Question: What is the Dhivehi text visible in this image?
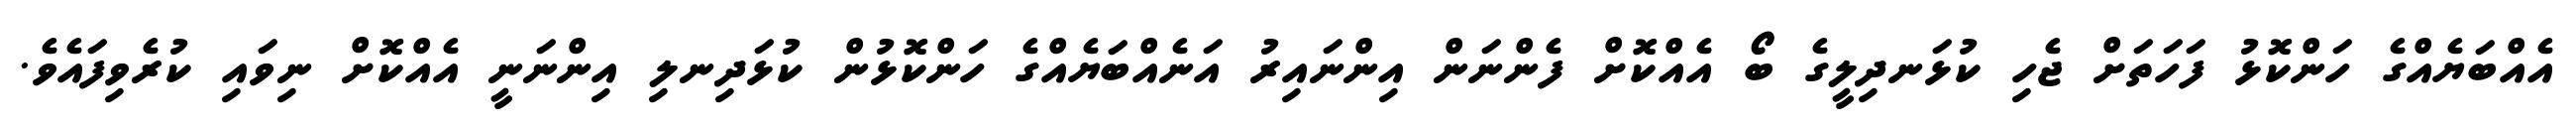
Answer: އެއްބަޔެއްގެ ހަންކޮޅު ފަހަތަށް ޖެހި ކުޅަނދިލީގެ ބޯ އެއްކޮށް ފެންނަން އިންނައިރު އަނެއްބަޔެއްގެ ހަންކޮޅުން ކުޅަދިނލި އިންނަނީ އެއްކޮށް ނިވައި ކުރެވިފައެވެ.